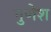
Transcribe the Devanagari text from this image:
गुणेश